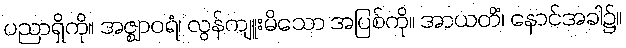
ပညာရှိကို။ အဇ္ဈာဝရံ၊ လွန်ကျူးမိသော အပြစ်ကို။ အာယတိံ၊ နောင်အခါ၌။